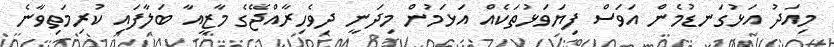
މިއަދު އަޅުގަނޑުމެން އަވަސް ފިޔަވަޅުތަކެއް އަޅަމުން މިދަނީ ދިވެހިރާއްޖޭގެ މާޒީއާ ބަލާފައި ކުރިމަތިވާނެ